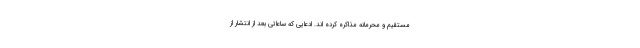
مستقیم و محرمانه مذاکره کرده اند. ادعایی که ساعاتی بعد از انتشار از